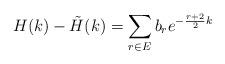
LaTeX: \begin{align*}H(k)-\tilde H(k) = \sum_{r\in E} b_r e^{-\frac{r+2}{2}k}\end{align*}